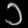
Digit: ၁